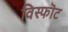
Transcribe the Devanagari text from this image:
विस्फॊट